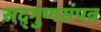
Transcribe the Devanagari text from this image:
सद्‌गुणसंपन्न